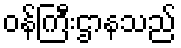
ဝန်ကြီးဌာနသည်